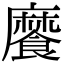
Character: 𩞁